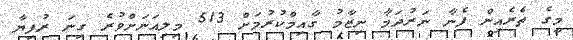
މީގެ ތެރެއިން ފެނާ ނަރުދަމާ ނިޒާމު ގާއިމްކުރުމަށް 513 މިލިއަނަށްވުރެ ގިނަ ރުފިޔާ